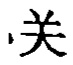
关